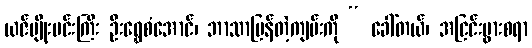
ယဇ်မျိုးမင်းကြီး ဦးရွှေစံအောင်၊ ဘာသာပြန်တဲ့ကျမ်းကို “ ခေါ်တယ်၊ အငြင်းပွားစရာ